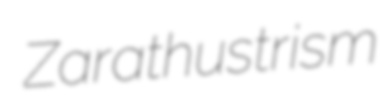
Zarathustrism